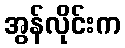
အွန်လိုင်းက